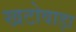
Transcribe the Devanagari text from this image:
खटोवाड़ा